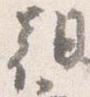
朝